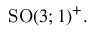
{ \mathrm { S O } } ( 3 ; 1 ) ^ { + } .